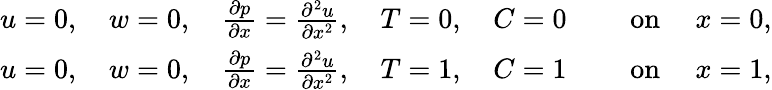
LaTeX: \begin{array}{rl}{u=0,\quad w=0,\quad\frac{\partial p}{\partial x}=\frac{\partial^{2}u}{\partial x^{2}},\quad T=0,\quad C=0}&{\quad\mathrm{~on~}\quad x=0,}\\ {u=0,\quad w=0,\quad\frac{\partial p}{\partial x}=\frac{\partial^{2}u}{\partial x^{2}},\quad T=1,\quad C=1}&{\quad\mathrm{~on~}\quad x=1,}\end{array}